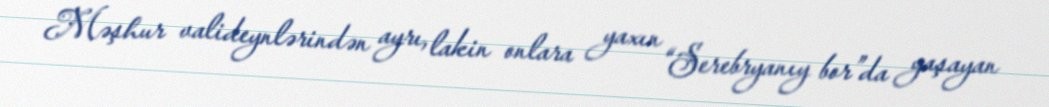
Məşhur valideynlərindən ayrı, lakin onlara yaxın “Serebryanıy bor”da yaşayan